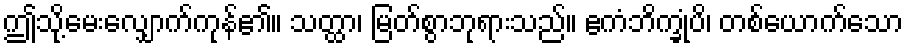
ဤသို့မေးလျှောက်ကုန်၏။ သတ္ထာ၊ မြတ်စွာဘုရားသည်။ ဧကံဘိက္ခုံပိ၊ တစ်ယောက်သော